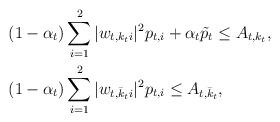
LaTeX: \begin{align*} & (1-\alpha_t) \sum_{i=1}^2 |w_{t,k_ti}|^2 p_{t,i} + \alpha_t\tilde{p}_t \le A_{t,k_t}, \\& (1-\alpha_t)\sum_{i=1}^2 |w_{t,\bar{k}_ti}|^2 p_{t,i} \le A_{t, \bar{k}_t}, \end{align*}